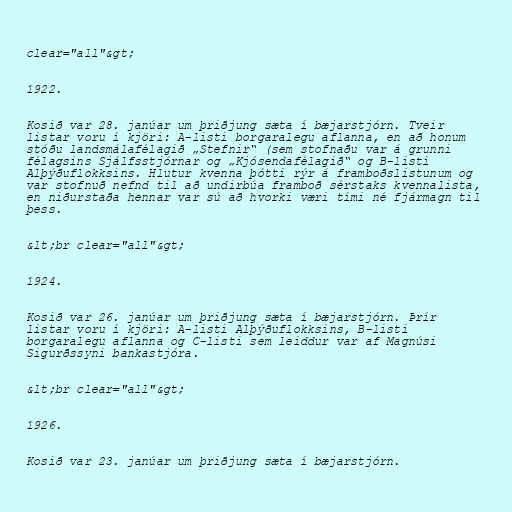
clear="all"&gt;

1922.

Kosið var 28. janúar um þriðjung sæta í bæjarstjórn. Tveir
listar voru í kjöri: A-listi borgaralegu aflanna, en að honum
stóðu landsmálafélagið „Stefnir“ (sem stofnaðu var á grunni
félagsins Sjálfsstjórnar og „Kjósendafélagið“ og B-listi
Alþýðuflokksins. Hlutur kvenna þótti rýr á framboðslistunum og
var stofnuð nefnd til að undirbúa framboð sérstaks kvennalista,
en niðurstaða hennar var sú að hvorki væri tími né fjármagn til
þess.

&lt;br clear="all"&gt;

1924.

Kosið var 26. janúar um þriðjung sæta í bæjarstjórn. Þrír
listar voru í kjöri: A-listi Alþýðuflokksins, B-listi
borgaralegu aflanna og C-listi sem leiddur var af Magnúsi
Sigurðssyni bankastjóra.

&lt;br clear="all"&gt;

1926.

Kosið var 23. janúar um þriðjung sæta í bæjarstjórn.